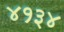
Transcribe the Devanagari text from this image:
४१३४